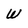
Character: W